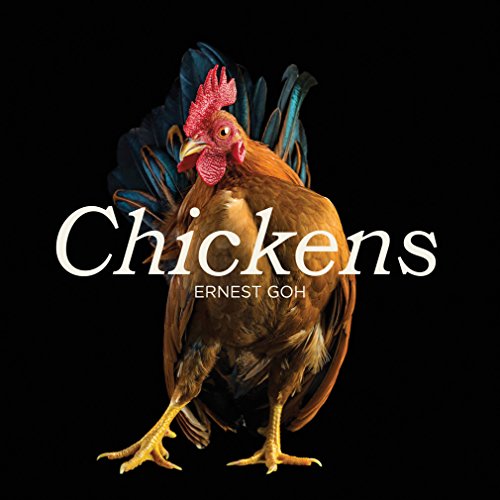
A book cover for Chickens; Ernest Goh; Crafts, Hobbies & Home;